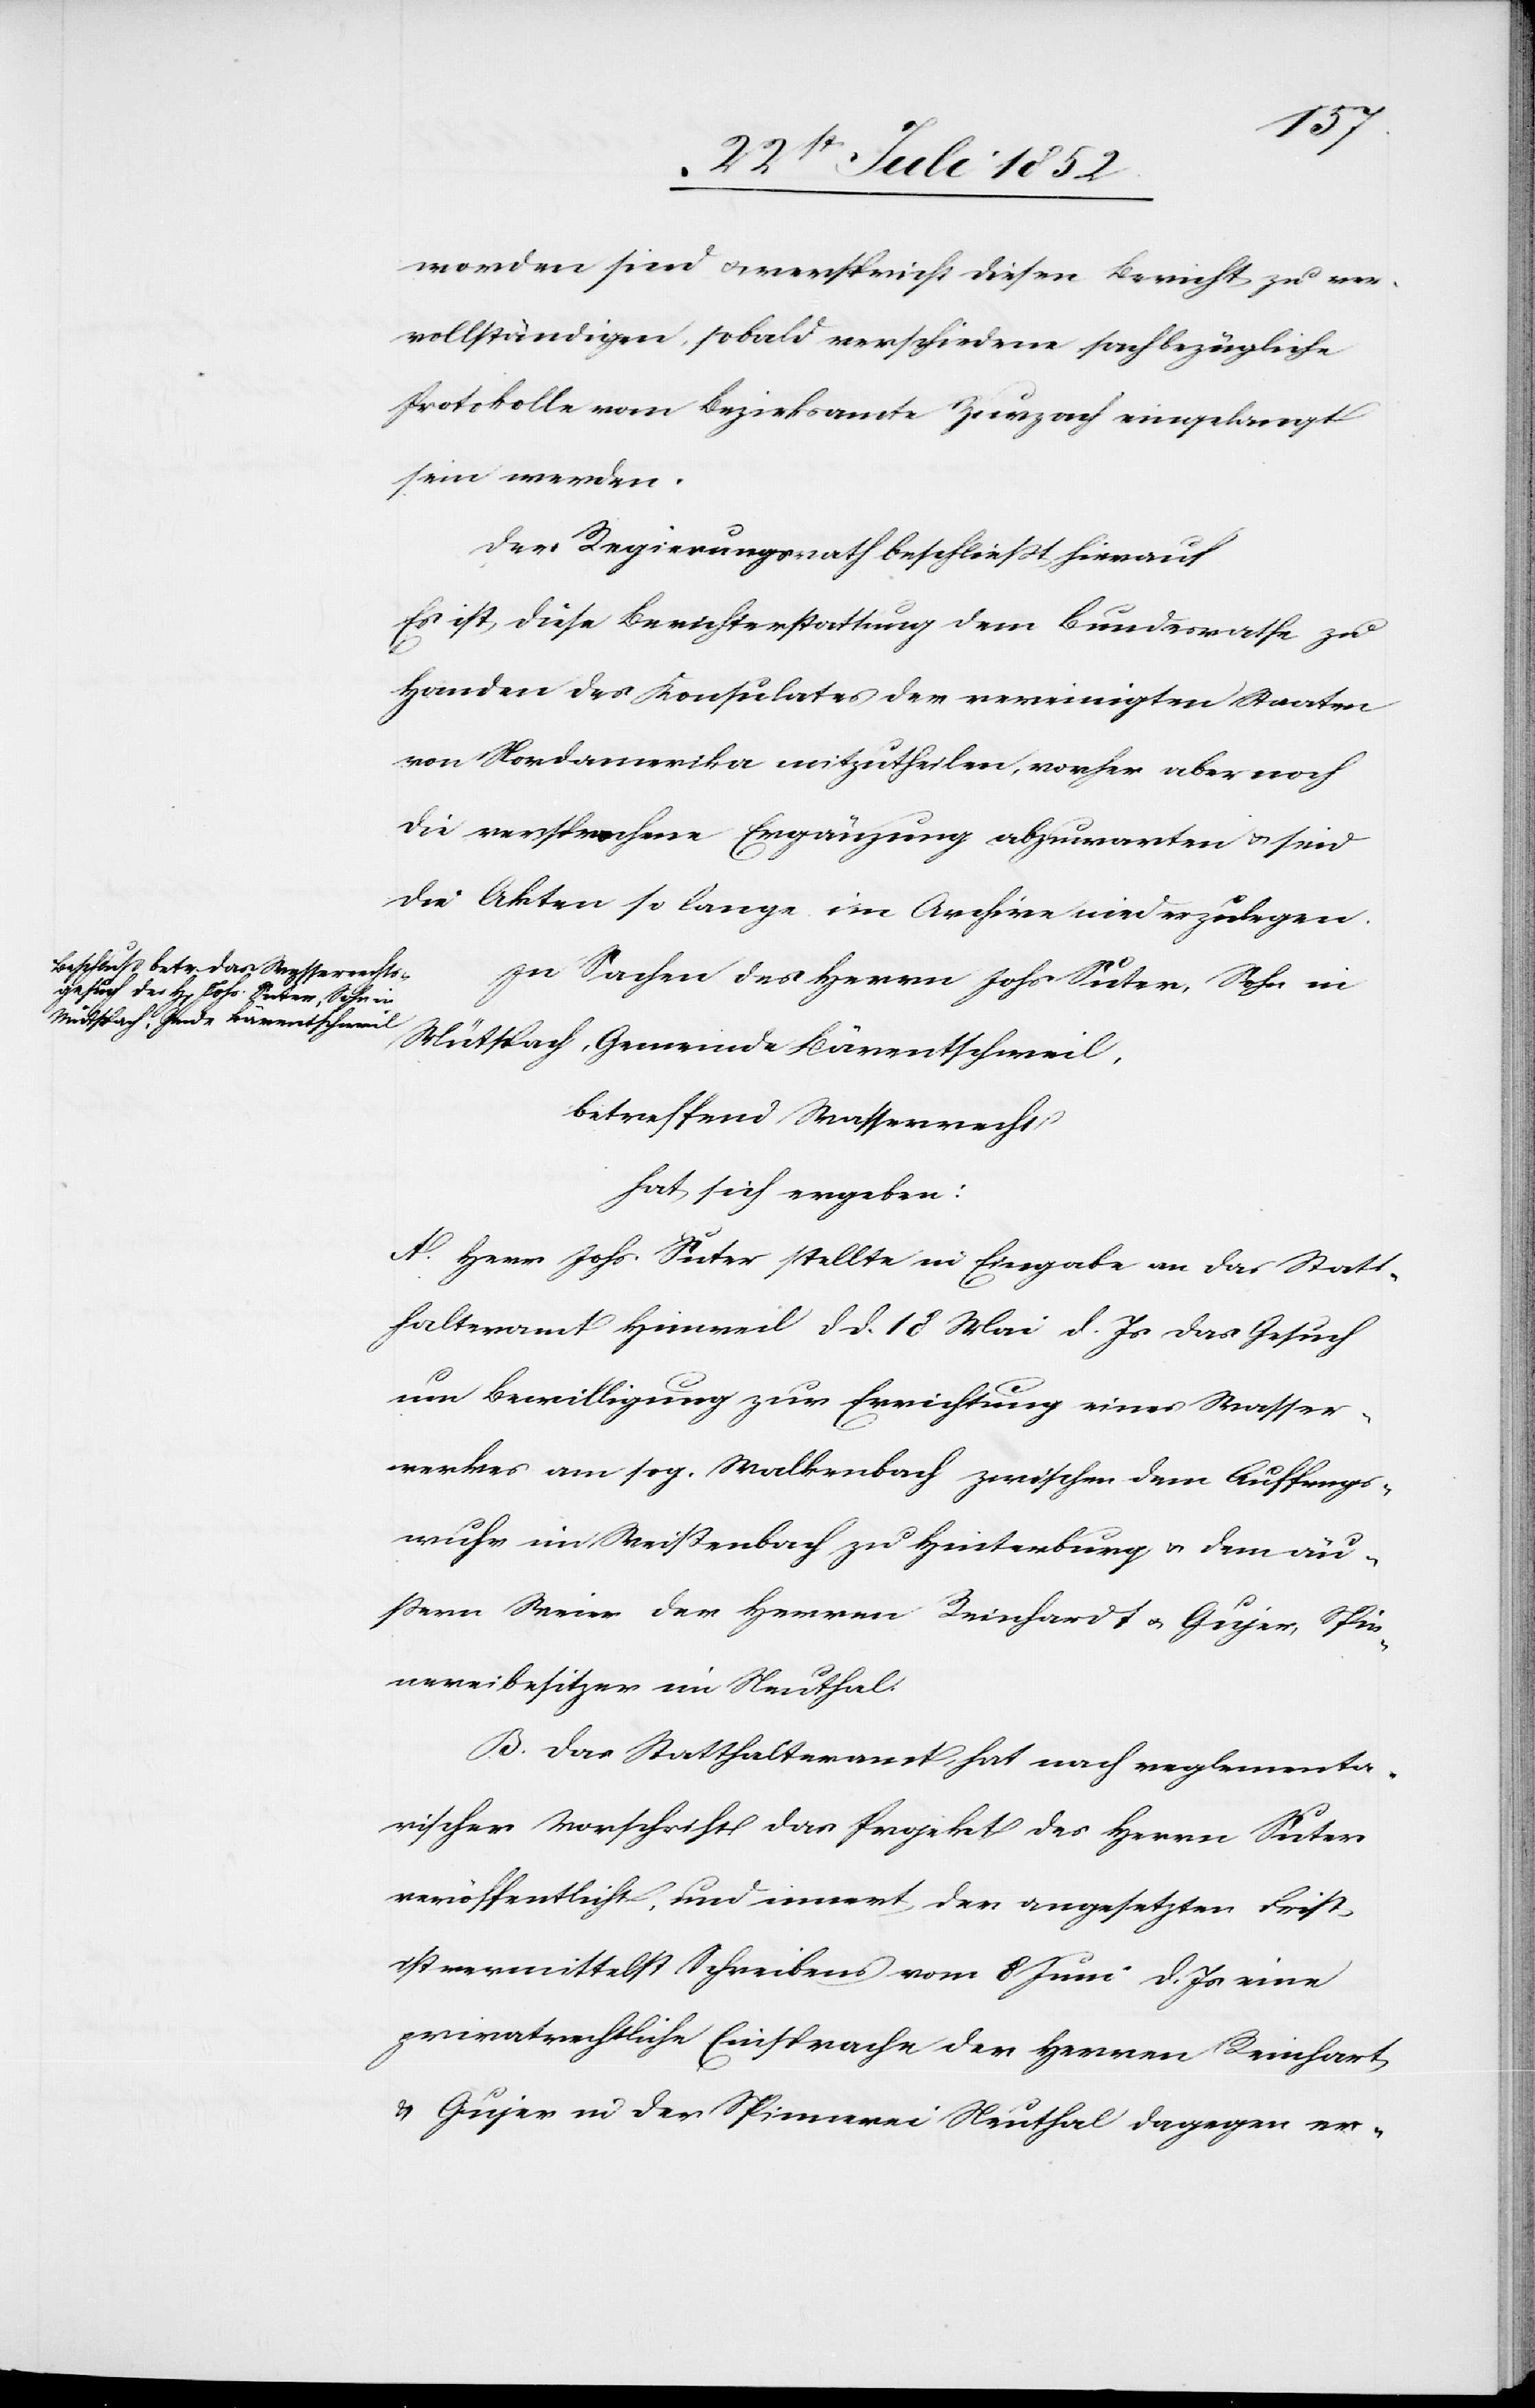
worden sind & verspricht diesen Bericht zu ver¬
vollständigen, sobald verschiedene sachbezügliche
Protokolle vom Bezirksamte Zurzach eingelangt
sein werden.
Der Regierungsrath beschließt hierauf
Es ist diese Berichterstattung dem Bundesrathe zu
Handen des Konsulates der vereinigten Staaten
von Nordamerika mitzutheilen, vorher aber noch
die versprochene Ergänzung abzuwarten & sind
die Akten so lange im Archive niederzulegen.
In Sachen des Herrn Johs Suter, Sohn in
Mütspach, Gemeinde Bärentschweil,
betreffend Wasserrecht
hat sich ergeben:
A. Herr Johs. Suter stellte in Eingabe an das Statt¬
halteramt Hinweil d d. 18 Mai d. Js das Gesuch
um Bewilligung zur Errichtung eines Wasser¬
werkes am sog. Walkenbach zwischen dem Auffangs¬
wuhr im Weißenbach zu Hinterburg & dem äu¬
ßern Weier der Herren Reinhardt & Gujer, Spin¬
nereibesitzer im Neuthal.
B. Das Statthalteramt, hat nach reglementa¬
rischer Vorschrift das Projekt des Herrn Suter
veröffentlicht, und innert der angesetzten Frist
ist vermittelst Schreibens vom 8 Juni d. Js eine
privatrechtliche Einsprache der Herren Reinhart
& Gujer in der Spinnerei Neuthal dagegen er-